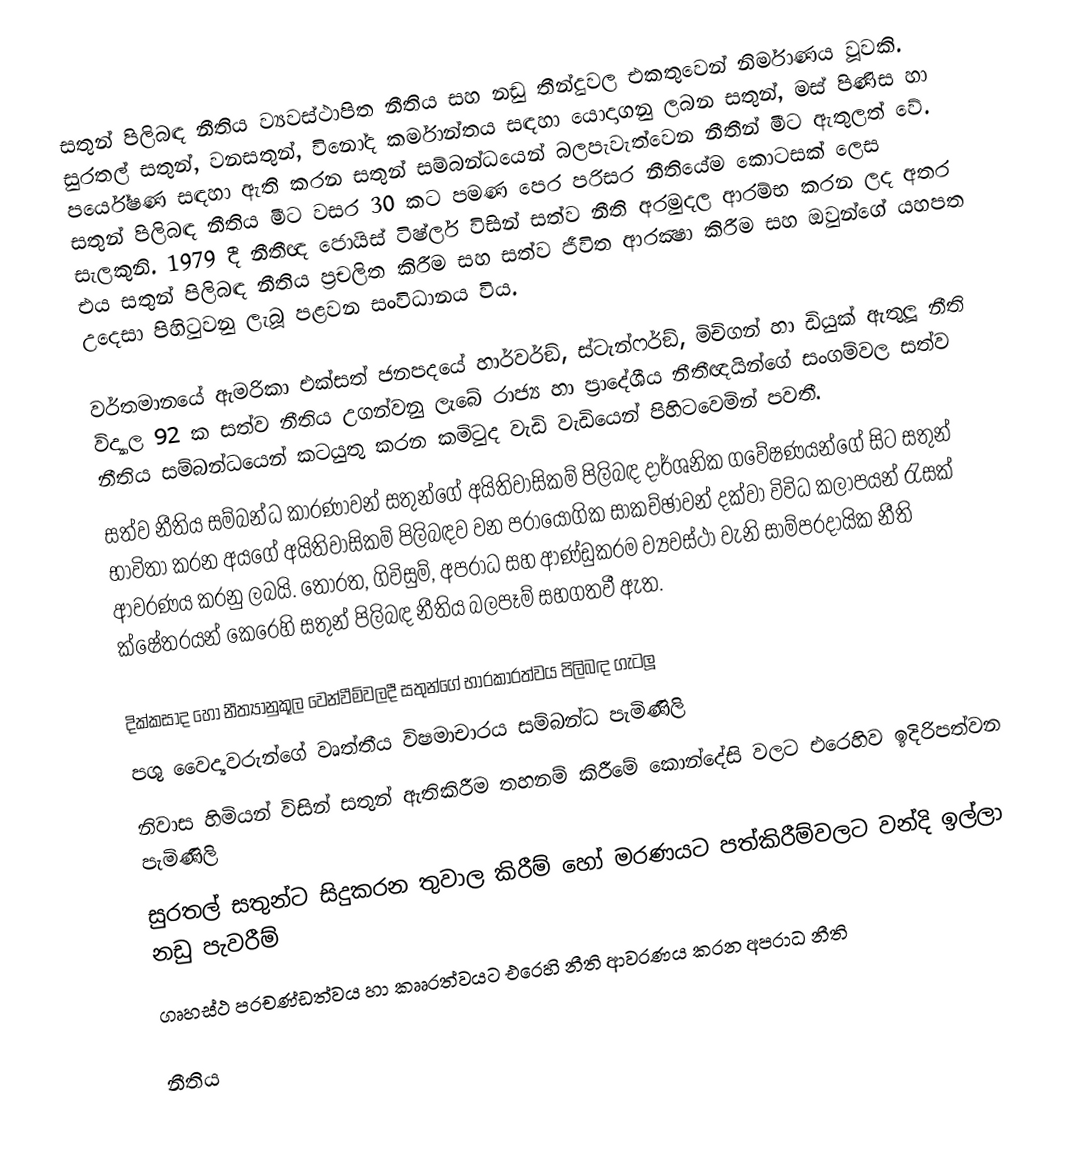
සතුන් පිලිබඳ නීතිය ව්‍යවස්ථාපිත නීතිය සහ නඩු තීන්දුවල එකතුවෙන් නිර්මාණය වූවකි. සුරතල් සතුන්, වනසතුන්, විනෝද කර්මාන්තය සඳහා යොදාගනු ලබන සතුන්, මස් පිණිස හා පර්යේෂණ සඳහා ඇති කරන සතුන් සම්බන්ධයෙන් බලපැවැත්වෙන නීතීන් මීට ඇතුලත් වේ.  සතුන් පිලිබඳ නීතිය මීට වසර 30 කට පමණ පෙර පරිසර නීතියේම කොටසක් ලෙස සැලකුනි. 1979 දී නීතීඥ ජොයිස් ටිෂ්ලර් විසින් සත්ව නීති අරමුදල ආරම්භ කරන ලද අතර එය සතුන් පිලිබඳ නීතිය ප‍්‍රචලිත කිරීම සහ සත්ව ජීවිත ආරක්‍ෂා කිරීම සහ ඔවුන්ගේ යහපත උදෙසා පිහිටුවනු ලැබූ පළවන සංවිධානය විය.

වර්තමානයේ ඇමරිකා එක්සත් ජනපදයේ හාර්වර්ඞ්, ස්ටැන්ෆර්ඞ්, මිචිගන් හා ඩියුක් ඇතුලූ නීති විද්‍යාල 92 ක සත්ව නීතිය උගන්වනු ලැබේ රාජ්‍ය හා ප‍්‍රාදේශීය නීතීඥයින්ගේ සංගම්වල සත්ව නීතිය සම්බන්ධයෙන් කටයුතු කරන කමිටුද වැඩි වැඩියෙන් පිහිටවෙමින් පවතී.
සත්ව නීතිය සම්බන්ධ කාරණාවන් සතුන්ගේ අයිතිවාසිකම් පිලිබඳ දාර්ශනික ගවේෂණයන්ගේ සිට සතුන් භාවිතා කරන අයගේ අයිතිවාසිකම් පිලිබඳව වන ප‍්‍රායෝගික සාකච්ඡාවන් දක්වා විවිධ කලාපයන් රැසක් ආවරණය කරනු ලබයි. තෝරත, ගිවිසුම්, අපරාධ සහ ආණ්ඩුක‍්‍රම ව්‍යවස්ථා වැනි සාම්ප‍්‍රදායික නීති ක්ෂේත‍්‍රයන් කෙරෙහි සතුන් පිලිබඳ නීතිය බලපෑම් සහගතවී ඇත.

දික්කසාද හෝ නීත්‍යානුකූල වෙන්වීම්වලදී සතුන්ගේ භාරකාරත්වය පිලිබඳ ගැටලූ
පශු වෛද්‍යවරුන්ගේ වෘත්තීය විෂමාචාරය සම්බන්ධ පැමිණිලි
නිවාස හිමියන් විසින් සතුන් ඇතිකිරීම තහනම් කිරීමේ කොන්දේසි වලට එරෙහිව ඉදිරිපත්වන පැමිණිලි
සුරතල් සතුන්ට සිදුකරන තුවාල කිරීම් හෝ මරණයට පත්කිරීම්වලට වන්දි ඉල්ලා නඩු පැවරීම්
ගෘහස්ථ ප‍්‍රචණ්ඩත්වය හා කෲරත්වයට එරෙහි නීති ආවරණය කරන අපරාධ නීති

නීතිය